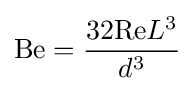
\mathrm {Be} ={{32\mathrm {Re} L^{3}} \over {d^{3}}}